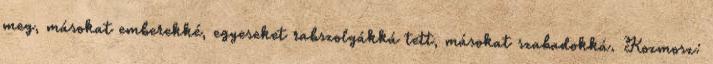
meg, másokat emberekké, egyeseket rabszolgákká tett, másokat szabadokká. Kozmosz: